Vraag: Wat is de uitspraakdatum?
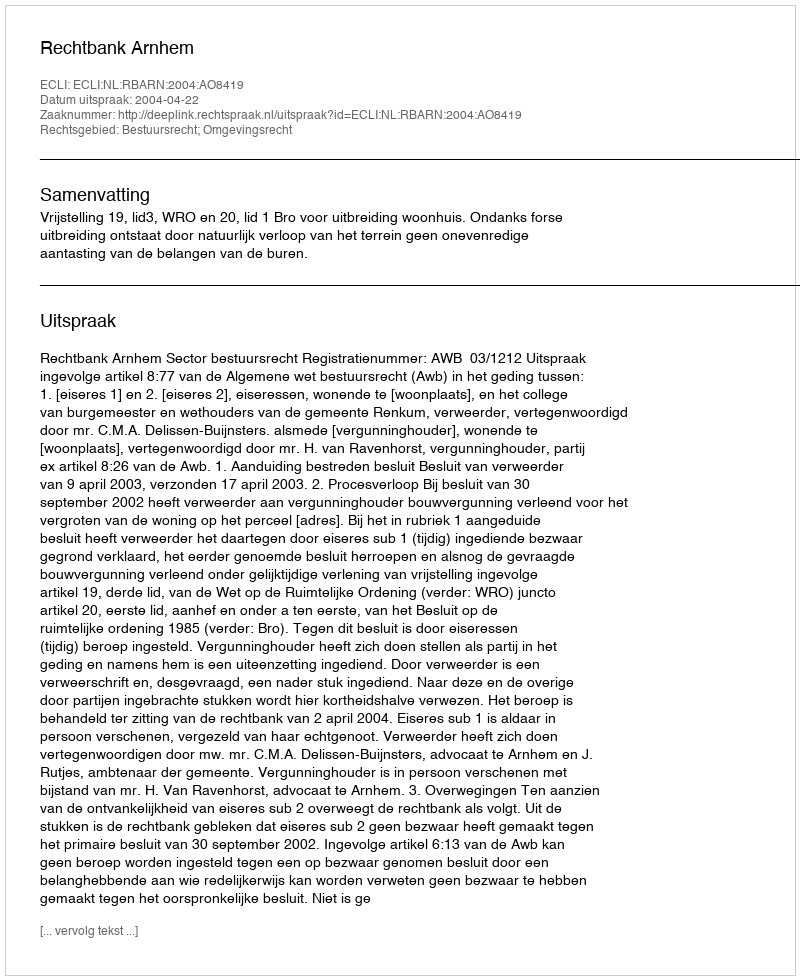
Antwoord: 2004-04-22